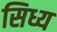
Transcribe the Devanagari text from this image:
सिध्य